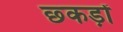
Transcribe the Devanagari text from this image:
छ्कड़ों